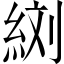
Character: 𦀑